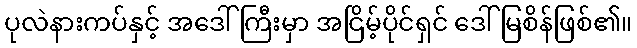
ပုလဲနားကပ်နှင့် အဒေါ်ကြီးမှာ အငြိမ့်ပိုင်ရှင် ဒေါ်မြစိန်ဖြစ်၏။